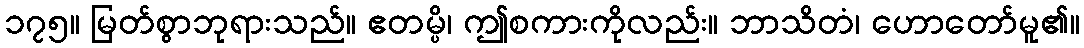
၁၇၅။ မြတ်စွာဘုရားသည်။ ဧတမ္ပိ၊ ဤစကားကိုလည်း။ ဘာသိတံ၊ ဟောတော်မူ၏။